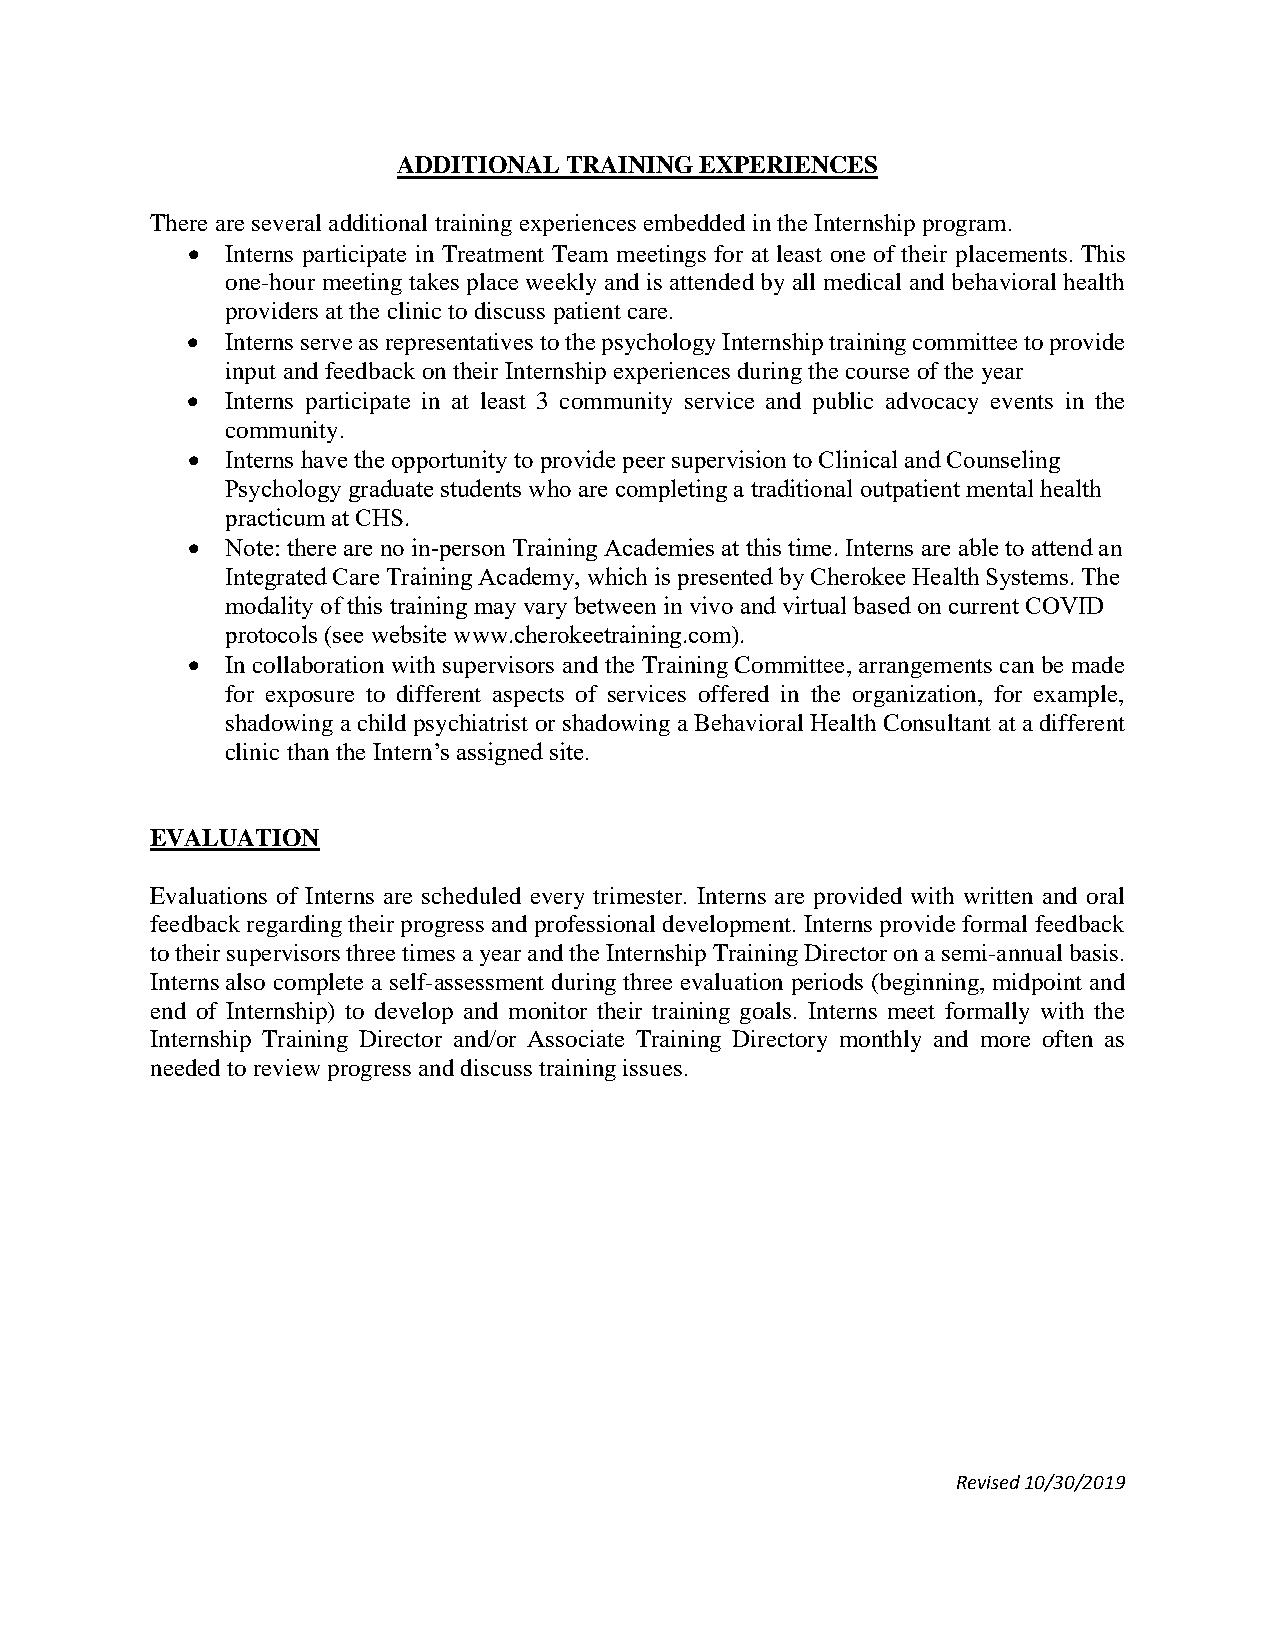
ADDITIONAL TRAINING EXPERIENCES
 There are several additional training experiences embedded in the Internship program.
 •  Interns participate in Treatment Team meetings for at least one of their placements. This
 one-hour meeting takes place weekly and is attended by all medical and behavioral health
 providers at the clinic to discuss patient care.
 •  Interns serve as representatives to the psychology Internship training committee to provide
 input and feedback on their Internship experiences during the course of the year
 •  Interns participate in at least 3 community service and public advocacy events in the
 community.
 •  Interns have the opportunity to provide peer supervision to Clinical and Counseling
 Psychology graduate students who are completing a traditional outpatient mental health
 practicum at CHS.
 •  Note: there are no in-person Training Academies at this time. Interns are able to attend an
 Integrated Care Training Academy, which is presented by Cherokee Health Systems. The
 modality of this training may vary between in vivo and virtual based on current COVID
 protocols (see website www.cherokeetraining.com).
 •  In collaboration with supervisors and the Training Committee, arrangements can be made
 for exposure to different aspects of services offered in the organization, for example,
 shadowing a child psychiatrist or shadowing a Behavioral Health Consultant at a different
 clinic than the Intern’s assigned site.
 EVALUATION
 Evaluations of Interns are scheduled every trimester. Interns are provided with written and oral
 feedback regarding their progress and professional development. Interns provide formal feedback
 to their supervisors three times a year and the Internship Training Director on a semi-annual basis.
 Interns also complete a self-assessment during three evaluation periods (beginning, midpoint and
 end of Internship) to develop and monitor their training goals. Interns meet formally with the
 Internship Training Director and/or Associate Training Directory monthly and more often as
 needed to review progress and discuss training issues.
 Revised 10/30/2019